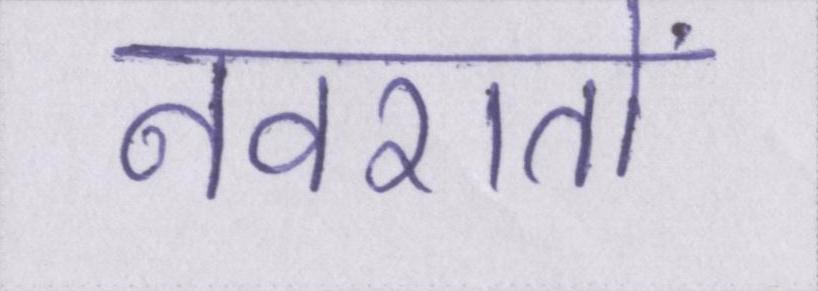
नवरातों